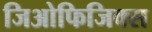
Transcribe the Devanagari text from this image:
जिओफिजिक्स